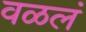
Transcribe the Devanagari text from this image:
वळलं